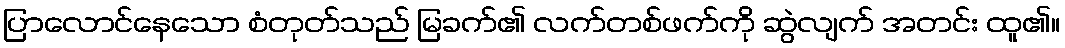
ပြာလောင်နေသော စံတုတ်သည် မြခက်၏ လက်တစ်ဖက်ကို ဆွဲလျက် အတင်း ထူ၏။